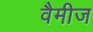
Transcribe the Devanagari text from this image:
वैमीज